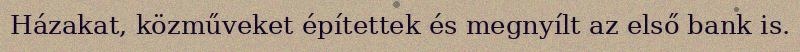
Házakat, közműveket építettek és megnyílt az első bank is.